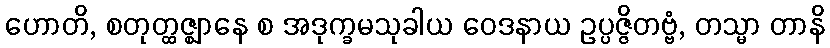
ဟောတိ, စတုတ္ထဇ္ဈာနေ စ အဒုက္ခမသုခါယ ဝေဒနာယ ဥပ္ပဇ္ဇိတဗ္ဗံ, တသ္မာ တာနိ